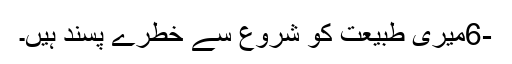
-6میری طبیعت کو شروع سے خطرے پسند ہیں۔